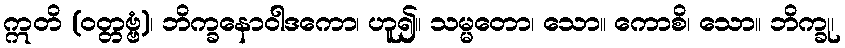
ဣတိ (ဝတ္တဗ္ဗံ)၊ ဘိက္ခနောဝါဒကော၊ ဟူ၍။ သမ္မတော၊ သော။ ကောစိ၊ သော။ ဘိက္ခု၊